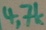
Text: 4,7k